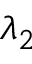
\lambda _ { 2 }